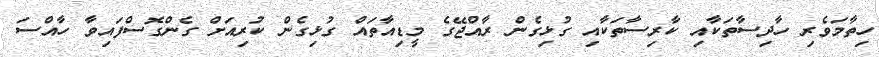
ހިތާމަވެރި ހާދިސާތަކާއި ކާރިސާތަކާއި ގުޅިގެން ރާއްޖޭގެ މީޑިއާތައް ގުޅިގެން ކުރިއަށް ގެންގޮސްފައިވާ ހާއްސަ